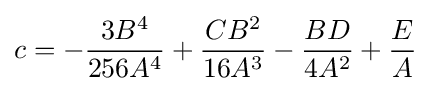
c=-{3B^{4} \over 256A^{4}}+{CB^{2} \over 16A^{3}}-{BD \over 4A^{2}}+{E \over A}